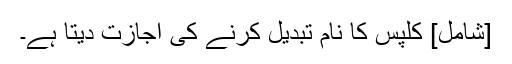
[شامل] کلپس کا نام تبدیل کرنے کی اجازت دیتا ہے۔